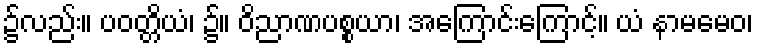
၌လည်း။ ပဝတ္တိယံ၊ ၌။ ဝိညာဏပစ္စယာ၊ အကြောင်းကြောင့်။ ယံ နာမမေဝ၊